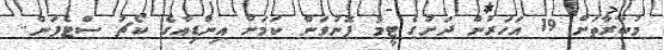
މުބާރާތަށް 19 އަހަރުން ދަށުގެ ޓީމު ފޮނުވަން ކަމަށް އިންޑިއާގެ ކޯޗު ސްޓެފަން..